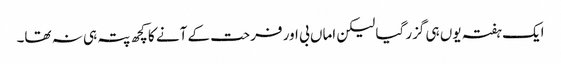
ایک ہفتہ یوں ہی گزر گیا لیکن اماں بی اور فرحت کے آنے کا کچھ پتہ ہی نہ تھا۔